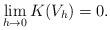
LaTeX: \begin{align*} \lim_{h\to 0}K(V_{h})=0.\end{align*}